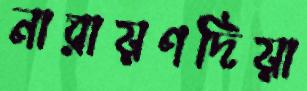
নারায়ণদিয়া